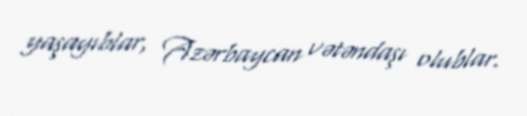
yaşayıblar, Azərbaycan vətəndaşı olublar.